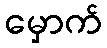
မှောက်